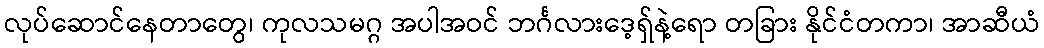
လုပ်ဆောင်နေတာတွေ၊ ကုလသမဂ္ဂ အပါအဝင် ဘင်္ဂလားဒေ့ရှ်နဲ့ရော တခြား နိုင်ငံတကာ၊ အာဆီယံ